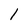
Character: 1